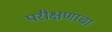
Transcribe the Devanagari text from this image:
परीक्षणाचा